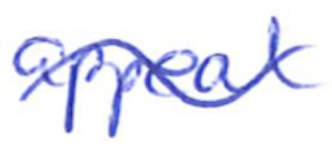
Text: appeal
Cross-out: wave
Writing tool: ballpoint